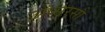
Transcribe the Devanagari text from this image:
अप्सरसो